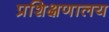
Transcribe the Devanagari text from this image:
प्रशिक्षणालय